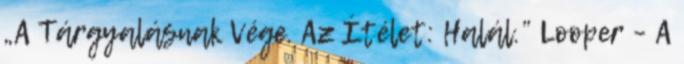
„A Tárgyalásnak Vége. Az Ítélet: Halál.” Looper – A